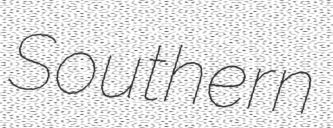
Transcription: Southern